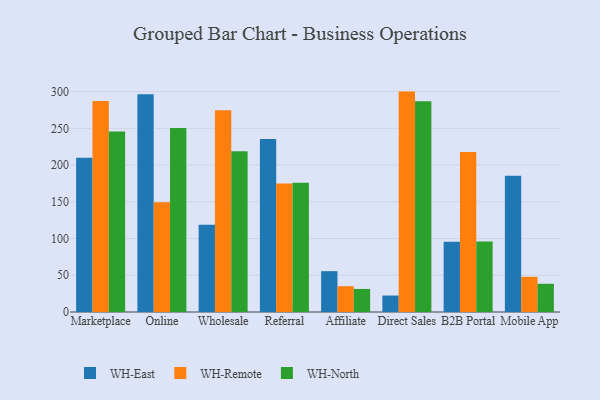
{"axis": {"x": "Channel", "y": "Revenue (USD Million)"}, "legend": ["WH-East", "WH-North", "WH-Remote"], "data": [{"x": "Marketplace", "y": 209.9, "type": "WH-East"}, {"x": "Marketplace", "y": 287.3, "type": "WH-Remote"}, {"x": "Marketplace", "y": 245.8, "type": "WH-North"}, {"x": "Online", "y": 296.4, "type": "WH-East"}, {"x": "Online", "y": 149.5, "type": "WH-Remote"}, {"x": "Online", "y": 250.4, "type": "WH-North"}, {"x": "Wholesale", "y": 118.6, "type": "WH-East"}, {"x": "Wholesale", "y": 274.7, "type": "WH-Remote"}, {"x": "Wholesale", "y": 218.8, "type": "WH-North"}, {"x": "Referral", "y": 235.6, "type": "WH-East"}, {"x": "Referral", "y": 174.9, "type": "WH-Remote"}, {"x": "Referral", "y": 175.9, "type": "WH-North"}, {"x": "Affiliate", "y": 55.6, "type": "WH-East"}, {"x": "Affiliate", "y": 35.1, "type": "WH-Remote"}, {"x": "Affiliate", "y": 31.4, "type": "WH-North"}, {"x": "Direct Sales", "y": 22.4, "type": "WH-East"}, {"x": "Direct Sales", "y": 300.0, "type": "WH-Remote"}, {"x": "Direct Sales", "y": 287.0, "type": "WH-North"}, {"x": "B2B Portal", "y": 95.5, "type": "WH-East"}, {"x": "B2B Portal", "y": 217.9, "type": "WH-Remote"}, {"x": "B2B Portal", "y": 96.1, "type": "WH-North"}, {"x": "Mobile App", "y": 185.4, "type": "WH-East"}, {"x": "Mobile App", "y": 47.9, "type": "WH-Remote"}, {"x": "Mobile App", "y": 38.4, "type": "WH-North"}]}